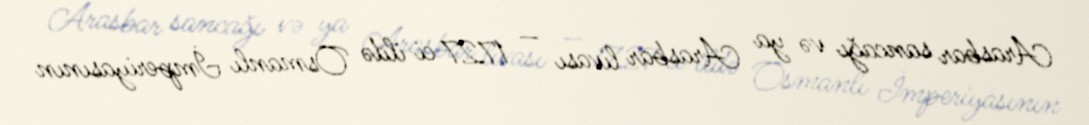
Arasbar sancağı və ya Arasbar livası — 1727 ci ildə Osmanlı İmperiyasının